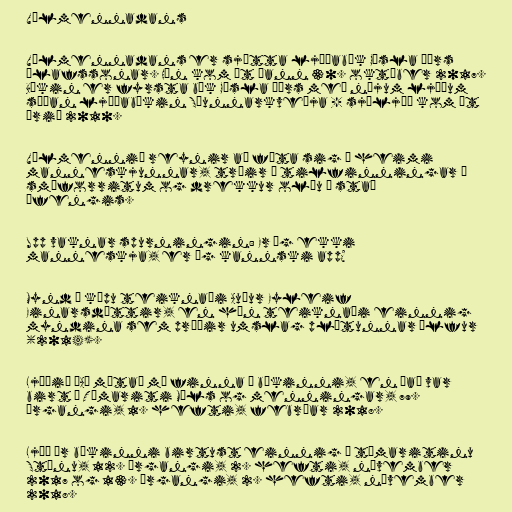
Vélmennadans

Vélmennadans er sjötta ljóðabók Gísla Þórs
Ólafssonar. Hún kom út þann 30. október 2017.
Bókin er fyrsta bók Gísla Þórs með nýjum ljóðum
síðan ljóðabókin Sæunnarkveðja - sjóljóð kom út
árið 2010.

Vélmennið reynir að fóta sig í heimi
manneskjunnar, trúir á tilfinningar í
smáforritum og drekkur olíu í stað
áfengis.

Upp vaknar spurningin: Er ég ekki
manneskja, er ég kannski app?

Mynd á kápu teiknaði Auður Eyleif
Einarsdóttir, en hún teiknaði einnig
myndina sem prýðir umslag plötunnar Ýlfur
(2014).

Ljóðið „Að móta” má finna í bókinni, en það var
birt í Tímariti Máls og menningar, 79.
árgangi, 1. hefti, febrúar 2018.

Ljóð úr bókinni birtust einnig í tímaritinu
Stínu, 12. árgangi, 2. hefti, nóvember
2017 og 13. árgangi, 2. hefti, nóvember
2018.